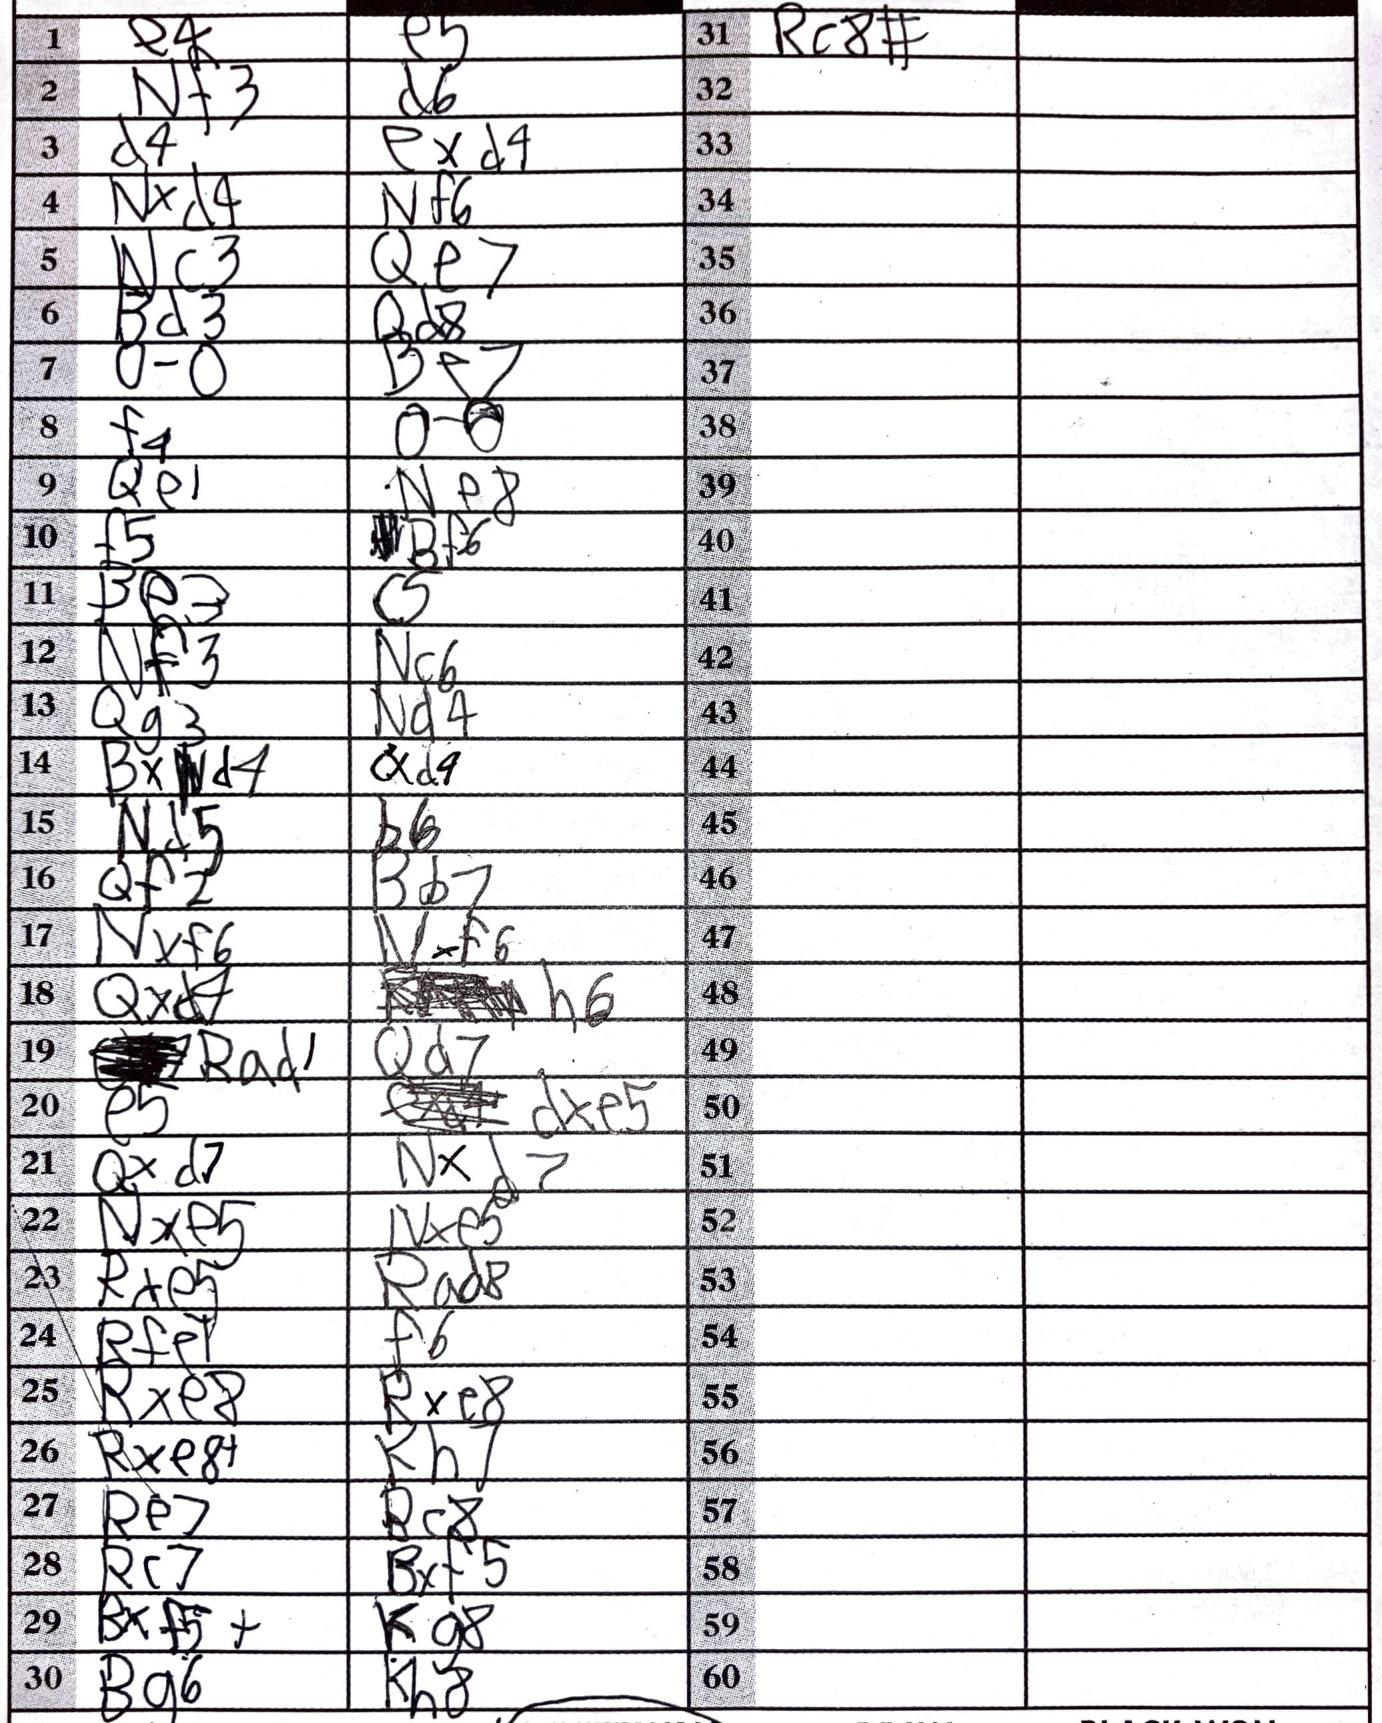
Moves: e4 e5 Nf3 d6 d4 exd4 Nxd4 Nf6 Nc3 Qe7 Bd3 Qd8 O-O Be7 f4 O-O Qe1 Ne8 f5 Bf6 Be3 c5 Nf3 Nc6 Qg3 Nd4 Bxd4 cxd4 Nd5 b6 Qf2 Bb7 Nxf6 Nxf6 Qxd4 h6 Rad1 Qd7 e5 dxe5 Qxd7 Nxd7 Nxe5 Nxe5 Rxe5 Rad8 Rfe1 f6 Rxe8 Rxe8 Rxe8+ Kh7 Re7 Bc8 Rc7 Bxf5 Bxf5+ Kg8 Bg6 Kh8 Rc8#